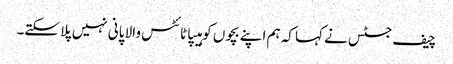
چیف جسٹس نے کہا کہ ہم اپنے بچوں کو ہیپاٹائٹس والا پانی نہیں پلا سکتے۔